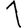
Digit: 1